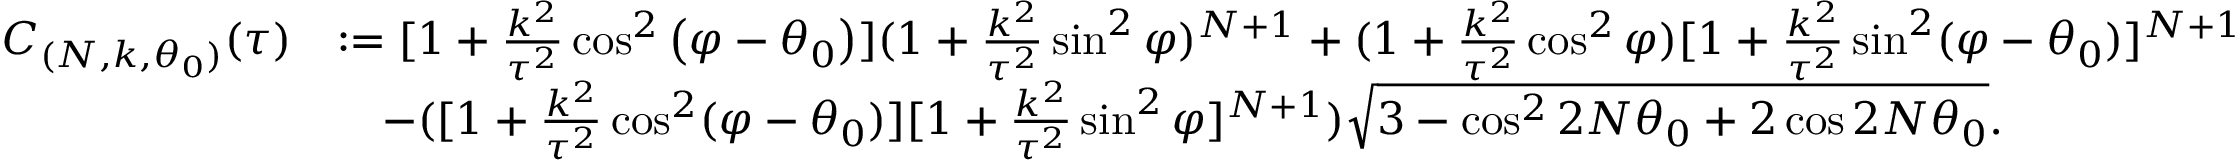
\begin{array} { r l } { C _ { ( N , k , \theta _ { 0 } ) } ( \tau ) } & { : = [ 1 + \frac { k ^ { 2 } } { \tau ^ { 2 } } \cos ^ { 2 } \left( \varphi - \theta _ { 0 } \right) ] ( 1 + \frac { k ^ { 2 } } { \tau ^ { 2 } } \sin ^ { 2 } \varphi ) ^ { N + 1 } + ( 1 + \frac { k ^ { 2 } } { \tau ^ { 2 } } \cos ^ { 2 } \varphi ) [ 1 + \frac { k ^ { 2 } } { \tau ^ { 2 } } \sin ^ { 2 } ( \varphi - \theta _ { 0 } ) ] ^ { N + 1 } } \\ & { \quad - ( [ 1 + \frac { k ^ { 2 } } { \tau ^ { 2 } } \cos ^ { 2 } ( \varphi - \theta _ { 0 } ) ] [ 1 + \frac { k ^ { 2 } } { \tau ^ { 2 } } \sin ^ { 2 } \varphi ] ^ { N + 1 } ) \sqrt { 3 - \cos ^ { 2 } 2 N \theta _ { 0 } + 2 \cos 2 N \theta _ { 0 } } . } \end{array}